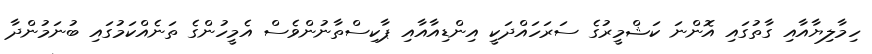
ހިމާލިޔާއާއި ގާތުގައި އޮންނަ ކަޝްމީރުގެ ސަރަހައްދަކީ އިންޑިއާއާއި ޕާކިސްތާނުންވެސް އެމީހުންގެ ތަނެއްކަމުގައި ބުނަމުންދާ